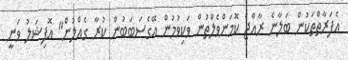
އެފަރާތްތަކުން ބަލާނެ ރާއްޖެ ކޮމަންވެލްތުން ވަކިވުމުން އޭގެސަބަބުން ކުރާ ގެއްލުން" އޮފިޝަލު ވަނީ